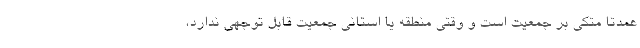
عمدتا متکی بر جمعیت است و وقتی منطقه یا استانی جمعیت قابل توجهی ندارد،